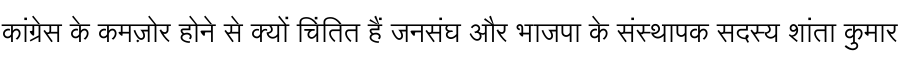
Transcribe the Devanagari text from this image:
कांग्रेस के कमज़ोर होने से क्यों चिंतित हैं जनसंघ और भाजपा के संस्थापक सदस्य शांता कुमार